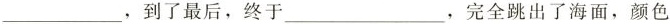
___，到了最后，终于___，完全跳出了海面，颜色